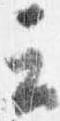
云